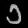
Digit: ၁